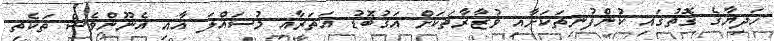
ހަދިޔާގެ ގޮތުގައި ކުންފުނިތަކަށާއި ވުޒާރާތަކަށް އަގުބޮޑު އަތަރާއި މުސައްލަ އާއި އެނޫންވެސް ތަކެތި